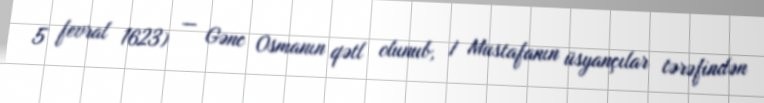
5 fevral 1623) — Gənc Osmanın qətl olunub, I Mustafanın üsyançılar tərəfindən